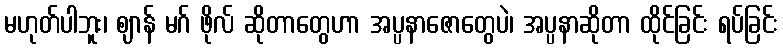
မဟုတ်ပါဘူး၊ ဈာန် မဂ် ဖိုလ် ဆိုတာတွေဟာ အပ္ပနာဇောတွေပဲ၊ အပ္ပနာဆိုတာ ထိုင်ခြင်း ရပ်ခြင်း